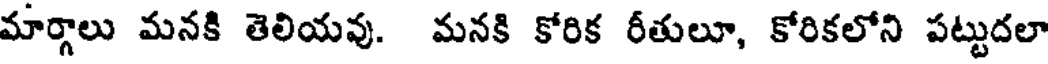
మార్గాలు మనకి తెలియవు. మనకి కోరిక రీతులూ, కోరికలోని పట్టుదలా